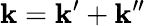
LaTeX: \mathbf{k}=\mathbf{k}^{\prime}+\mathbf{k}^{\prime\prime}